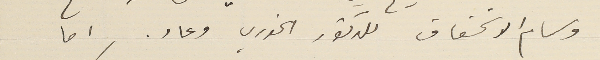
وسام الاسَتحقاق للدكتور الخوري وعاد. اما